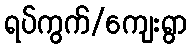
ရပ်ကွက်/ကျေးရွာ